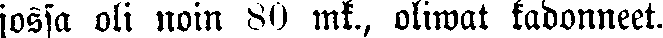
jossa oli noin 80 mk., oliwat kadonneet.